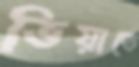
ভিয়াতে